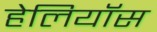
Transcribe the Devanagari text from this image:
हेलियॉस